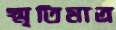
স্মৃতিমাত্র